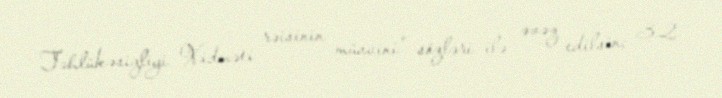
Təhlükəsizliyi Xidməti rəisinin müavini” sözləri ilə əvəz edilsin; 3.2.